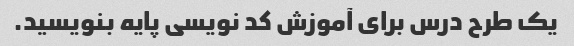
یک طرح درس برای آموزش کد نویسی پایه بنویسید.